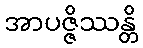
အာပဇ္ဇိဿန္တိ